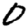
Digit: 0